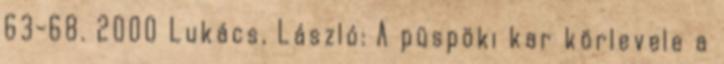
63-68. 2000 Lukács, László: A püspöki kar körlevele a